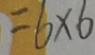
= 6 \times 6